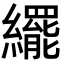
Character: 𬘊